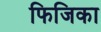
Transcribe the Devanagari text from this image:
फिजिका